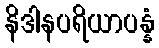
နိဒါနပရိယာပန္နံ